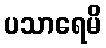
ပသာရေမိ